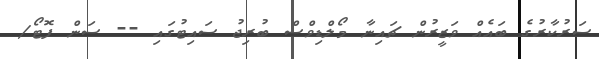
ސަރުކާރުގެ ބައެއް ވަޒީރުން ޗައިނާ މޯލްޑިވްސް ބުރިޖު ސައިޓުގައި -- ސަން ފޮޓޯ/